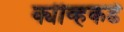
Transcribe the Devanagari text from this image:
क्यीव्हकडे